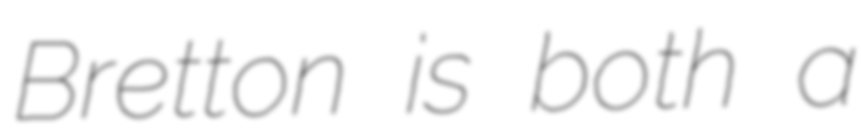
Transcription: Bretton is both a